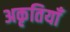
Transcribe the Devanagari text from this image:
अकृतियाँ